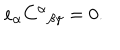
e _ { \alpha } C ^ { \alpha } { } _ { \beta \gamma } = 0 .